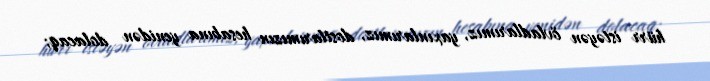
hürr istəyən övladlarımız, yaxınlarımız, dostlarımızın hesabına yenidən dolacaq;